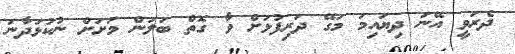
ދެރަވީ އޭނަ ދިޔައިމަ މަގޭ ދަރިފުޅަށް ވާ ގޮތް ބަލަން މަށަށް ނުކުޅަދާނަ